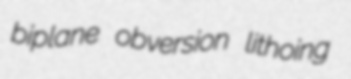
biplane obversion lithoing